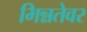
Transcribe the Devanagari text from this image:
भिन्नतेवर